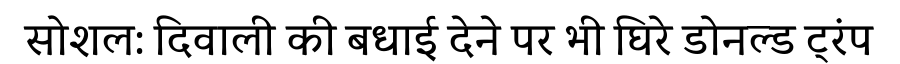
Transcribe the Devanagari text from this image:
सोशल: दिवाली की बधाई देने पर भी घिरे डोनल्ड ट्रंप